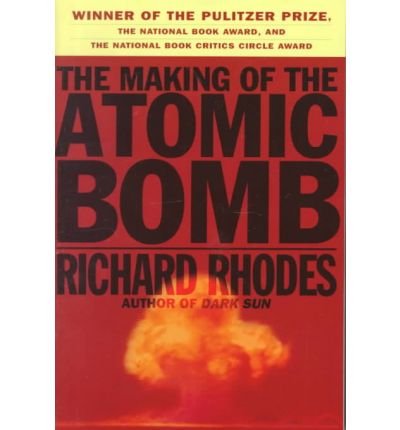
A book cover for The Making of the Atomic Bomb; Richard Rhodes; Engineering & Transportation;